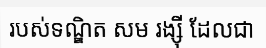
របស់ទណ្ឌិត សម រង្ស៊ី ដែលជា